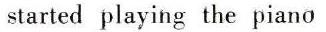
started playing the piano